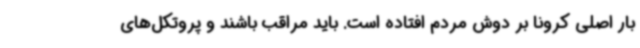
بار اصلی کرونا بر دوش مردم افتاده است. باید مراقب باشند و پروتکل‌های